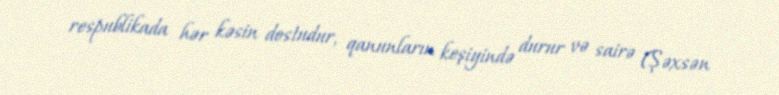
respublikada hər kəsin dostudur, qanunların keşiyində durur və sairə (Şəxsən